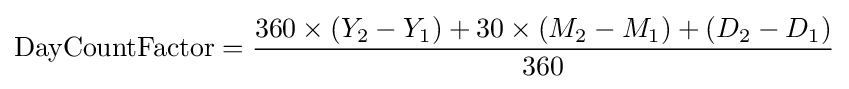
\mathrm {DayCountFactor} ={\frac {360\times (Y_{2}-Y_{1})+30\times (M_{2}-M_{1})+(D_{2}-D_{1})}{360}}